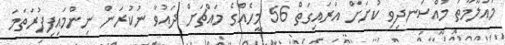
މައުލޫމާތު މުއްސަނދިވި ކުށަށް އަރައިގަތް 56 މީހެއްގެ މައްޗަށް ދައުވާ ނުކުރަން ނިންމައިފިފުރަތަމަ